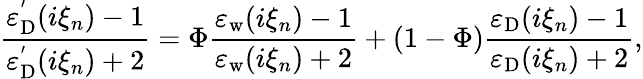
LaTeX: \frac{\varepsilon_{\mathrm{D}}^{^{\prime}}(i\xi_{n})-1}{\varepsilon_{\mathrm{D}}^{^{\prime}}(i\xi_{n})+2}=\Phi\frac{\varepsilon_{\mathrm{w}}(i\xi_{n})-1}{\varepsilon_{\mathrm{w}}(i\xi_{n})+2}+(1-\Phi)\frac{\varepsilon_{\mathrm{D}}(i\xi_{n})-1}{\varepsilon_{\mathrm{D}}(i\xi_{n})+2},